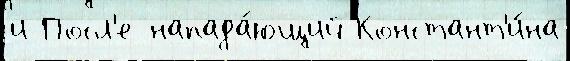
и Посл'е напада́ющий Констант'и́на